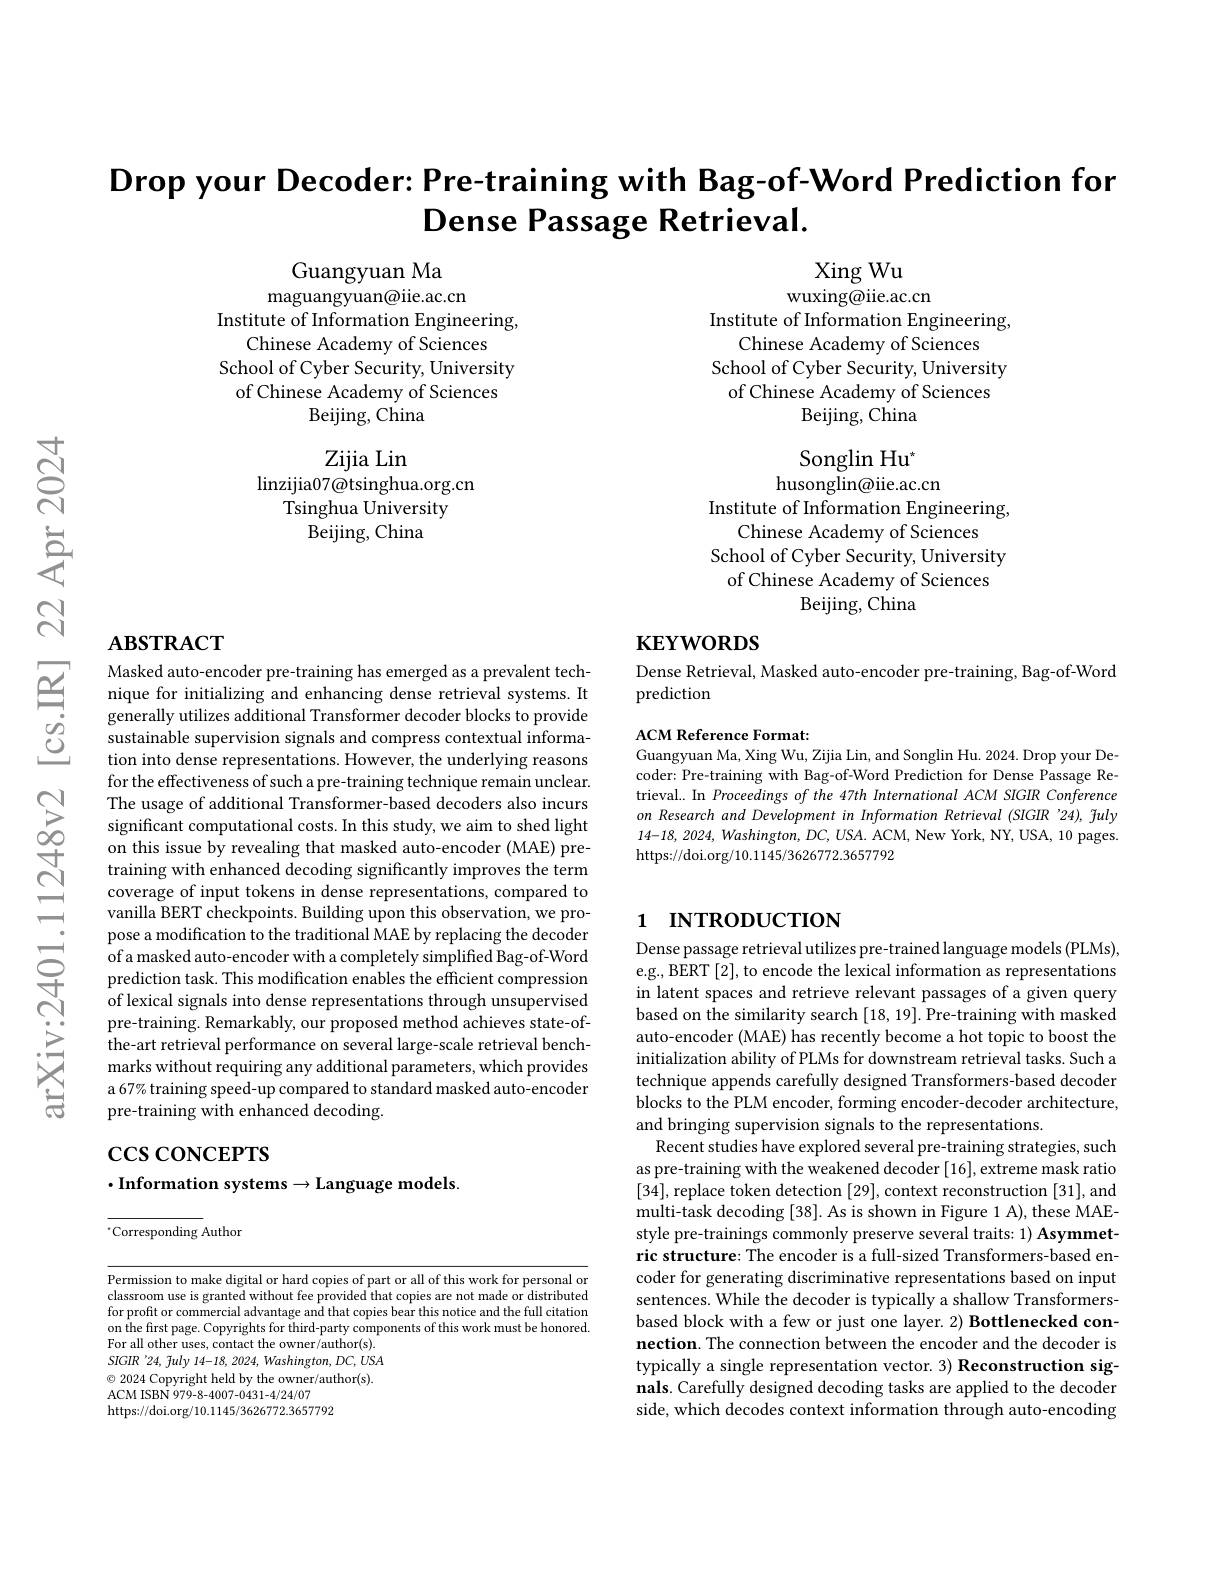
$\textbf{Drop your Decoder: Pre- training with Bag- of- Word Prediction for}$
Dense Passage Retrieval.

Guangyuan Ma
maguangyuan@iie.ac.cn
Institute of Information Engineering,
Chinese Academy of Sciences
School of Cyber Security, University of Chinese Academy of Sciences
Beijing, China

Xing Wu
wuxing@iie.ac.cn
Institute of Information Engineering,
Chinese Academy of Sciences
School of Cyber Security, University of Chinese Academy of Sciences
Beijing, China

Zijia Lin
linzijia07@tsinghua.org.cn
$\bar{\mathrm{Tsinghua~University}}$
Beijing, China

Songlin Hu$^{\star}$
husonglin@iie.ac.cn
Institute of Information Engineering,
Chinese Academy of Sciences
School of Cyber Security, University of Chinese Academy of Sciences
Beijing, China

## $\mathbf{ABSTRACT}$

# $\mathbf{KEYWORDS}$

Dense Retrieval, Masked auto-encoder pre-training, Bag-of-Word
prediction

ACM Reference Format:

Guangyuan Ma, Xing Wu, Zijia Lin, and Songlin Hu. 2024. Drop your Decoder: Pre-training with Bag-of-Word Prediction for Dense Passage Retrieval.. In Proceedings of the 47th International ACM SIGIR Conference on Research and Development in Information Retrieval (SIGIR '24), fuly 14-18,2024, Washington, DC, USA. ACM, New York, NY, USA, 10 pages. https://doi.org/10.1145/3626772.3657792

Masked auto-encoder pre-training has emerged as a prevalent technique for initializing and enhancing dense retrieval systems. It generally utilizes additional Transformer decoder blocks to provide sustainable supervision signals and compress contextual information into dense representations. However, the underlying reasons for the effectiveness of such a pre-training technique remain unclear. The usage of additional Transformer-based decoders also incurs significant computational costs. In this study, we aim to shed light on this issue by revealing that masked auto-encoder (MAE) pretraining with enhanced decoding significantly improves the term coverage of input tokens in dense representations, compared to vanilla BERT checkpoints. Building upon this observation, we propose a modification to the traditional MAE by replacing the decoder
of lexical signals into dense representations through unsupervised pre-training. Remarkably, our proposed method achieves state-ofthe-art retrieval performance on several large-scale retrieval benchmarks without requiring any additional parameters, which provides a 67% training speed-up compared to standard masked auto-encoder pre-training with enhanced decoding.

## 1 INTRODUCTION

$\csc\cos$coNCEPTS

$\cdot$Information systems$\to$Language models

Dense passage retrieval utilizes pre-trained language models (PLMs), e.g., BERT [2], to encode the lexical information as representations in latent spaces and retrieve relevant passages of a given query based on the similarity search [18,19]. Pre-training with masked auto-encoder (MAE) has recently become a hot topic to boost the initialization ability of PLMs for downstream retrieval tasks. Such a technique appends carefully designed Transformers-based decoder blocks to the PLM encoder, forming encoder- decoder architecture, and bringing supervision signals to the representations.
Recent studies have explored several pre-training strategies, such as pre-training with the weakened decoder [16], extreme mask ratio [34], replace token detection [29], context reconstruction [31], and multi-task decoding [38]. As is shown in Figure 1 A), these MAEstyle pre-trainings commonly preserve several traits: 1) Asymmetric structure: The encoder is a full-sized Transformers-based encoder for generating discriminative representations based on input sentences. While the decoder is typically a shallow Transformersbased block with a few or just one layer. 2) Bottlenecked connection. The connection between the encoder and the decoder is typically a single representation vector. 3) Reconstruction signals. Carefully designed decoding tasks are applied to the decoder side, which decodes context information through auto-encoding

$^{*}$Corresponding Author

Permission to make digital or hard copies of part or all of this work for personal or classroom use is granted without fee provided that copies are not made or distributed for profit or commercial advantage and that copies bear this notice and the full citation on the first page. Copyrights for third-party components of this work must be honored. For all other uses, contact the owner/author(s). SIGIR'24, fuly 14-18, 2024, Washington, DC, USA $\odot$ 2024 Copyright held by the owner/author(s). ACM ISBN 979-8-4007-0431-4/24/07
https://doi.org/10.1145/3626772.3657792